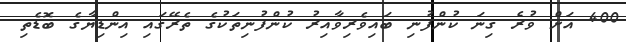
400 އަށް ވުރެ ގިނަ ކުންފުނި ބައިވެރިވާއިރު ކުންފުނިތަކުގެ ތެރޭގައި އިންޑިޔާގެ ބޮޑެތި